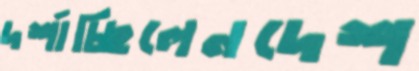
দর্শাচ্ছিলেনদেশ